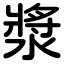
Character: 漿